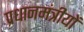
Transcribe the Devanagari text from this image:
प्रधानमंत्रीयों